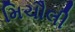
મિચૌલી